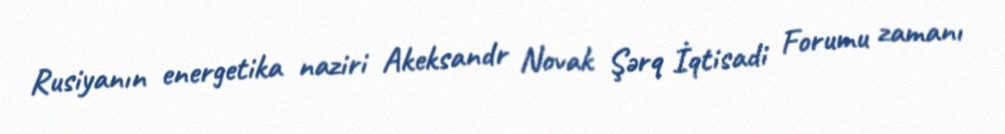
Rusiyanın energetika naziri Akeksandr Novak Şərq İqtisadi Forumu zamanı